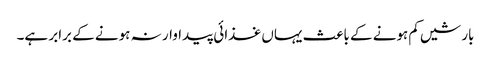
بارشیں کم ہونے کے باعث یہاں غذائی پیداوار نہ ہونے کے برابر ہے۔